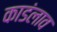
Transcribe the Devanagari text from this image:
काडंलाव